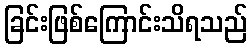
ခြင်းဖြစ်ကြောင်းသိရသည်